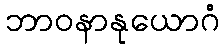
ဘာဝနာနုယောဂံ